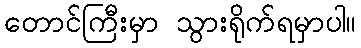
တောင်ကြီးမှာ သွားရိုက်ရမှာပါ။